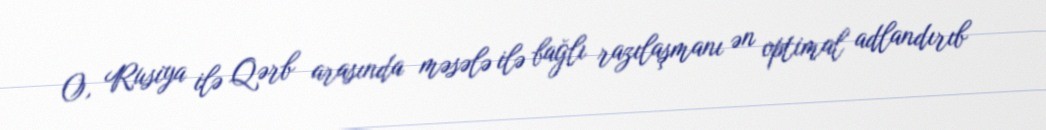
O, Rusiya ilə Qərb arasında məsələ ilə bağlı razılaşmanı ən optimal adlandırıb